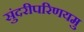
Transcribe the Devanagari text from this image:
सुंदरीपरिणयमु